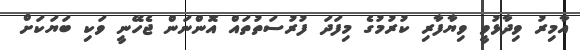
އާމިރު ވިދާޅުވީ ވިޔާފާރި ކުރުމުގެ މިފަދަ ފުރުސަތުތައް އޮންނަން ޖެހޭނީ ވަކި ބަޔަކަށް